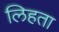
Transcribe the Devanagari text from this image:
लिहता